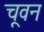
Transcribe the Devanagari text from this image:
चूवन